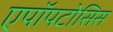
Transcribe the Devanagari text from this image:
एपॉपटोसिस